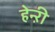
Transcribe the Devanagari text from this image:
हेन्ऱी